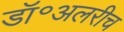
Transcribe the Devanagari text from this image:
डॉ॰अलरीच